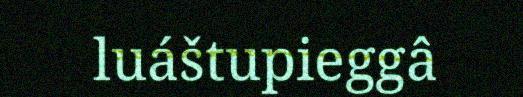
luáštupieggâ